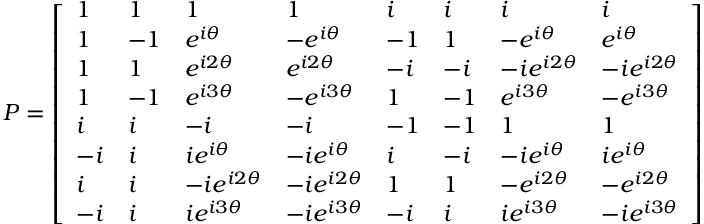
P = \left[ \begin{array} { l l l l l l l l } { 1 } & { 1 } & { 1 } & { 1 } & { i } & { i } & { i } & { i } \\ { 1 } & { - 1 } & { e ^ { i \theta } } & { - e ^ { i \theta } } & { - 1 } & { 1 } & { - e ^ { i \theta } } & { e ^ { i \theta } } \\ { 1 } & { 1 } & { e ^ { i 2 \theta } } & { e ^ { i 2 \theta } } & { - i } & { - i } & { - i e ^ { i 2 \theta } } & { - i e ^ { i 2 \theta } } \\ { 1 } & { - 1 } & { e ^ { i 3 \theta } } & { - e ^ { i 3 \theta } } & { 1 } & { - 1 } & { e ^ { i 3 \theta } } & { - e ^ { i 3 \theta } } \\ { i } & { i } & { - i } & { - i } & { - 1 } & { - 1 } & { 1 } & { 1 } \\ { - i } & { i } & { i e ^ { i \theta } } & { - i e ^ { i \theta } } & { i } & { - i } & { - i e ^ { i \theta } } & { i e ^ { i \theta } } \\ { i } & { i } & { - i e ^ { i 2 \theta } } & { - i e ^ { i 2 \theta } } & { 1 } & { 1 } & { - e ^ { i 2 \theta } } & { - e ^ { i 2 \theta } } \\ { - i } & { i } & { i e ^ { i 3 \theta } } & { - i e ^ { i 3 \theta } } & { - i } & { i } & { i e ^ { i 3 \theta } } & { - i e ^ { i 3 \theta } } \end{array} \right]